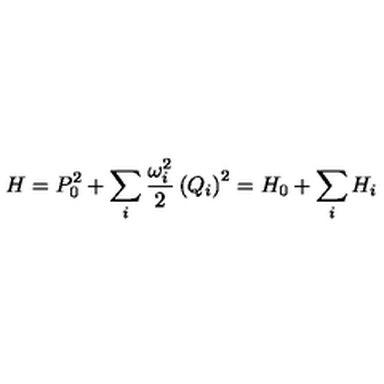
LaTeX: H = P _ { 0 } ^ { 2 } + \sum _ { i } \frac { \omega _ { i } ^ { 2 } } { 2 } \left( Q _ { i } \right) ^ { 2 } = H _ { 0 } + \sum _ { i } H _ { i }